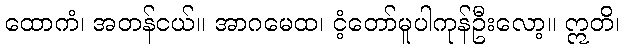
ထောကံ၊ အတန်ငယ်။ အာဂမေထ၊ ငံ့တော်မူပါကုန်ဦးလော့။ ဣတိ၊